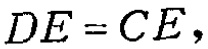
\(DE = CE\)